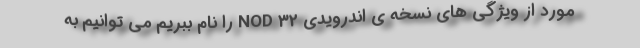
مورد از ویژگی های نسخه ی اندرویدی NOD 32 را نام ببریم می توانیم به